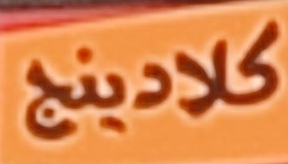
كلادينج